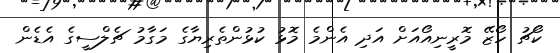
ކޯޗު ހޯޒޭ މޮރީނިއޯއަށް އަދި އެންމެ މޮޅު ކުޅުންތެރިޔާގެ މަގާމު ޗެލްސީގެ އެޑެން